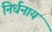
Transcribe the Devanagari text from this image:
निर्धनाय